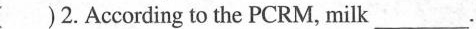
()2.According to the PCEM ,milk___.